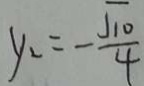
y _ { 2 } = - \frac { \sqrt { 1 0 } } { 4 }